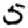
Digit: 5